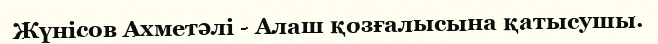
Жүнісов Ахметәлі - Алаш қозғалысына қатысушы.